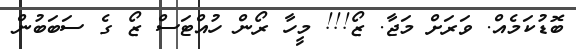
ބޮޑުކަމެއް. ވަރަށް މަޖާ. ޒޯ!!! މީހާ ރޯން ހުއްޓަސް ޒޯ ގެ ސަބަބުން